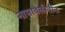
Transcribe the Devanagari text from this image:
नामावलीतील